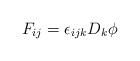
LaTeX: \begin{align*}F_{ij} = \epsilon_{ijk} D_k \phi \end{align*}